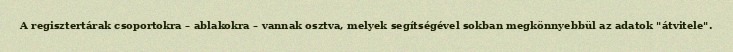
A regisztertárak csoportokra – ablakokra – vannak osztva, melyek segítségével sokban megkönnyebbül az adatok "átvitele".